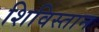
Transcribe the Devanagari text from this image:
शिविस्तान